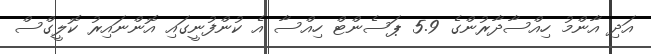
އަދި އާންމު ހިއްސާދާރުންގެ 5.9 ޕަސެންޓް ހިއްސާ އެ ކުންފުނީގައި އޮންނައިރު ކޮލީގްސް